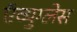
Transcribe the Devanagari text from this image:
ऍव्युग्लेस